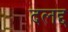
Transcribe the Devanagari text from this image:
दलद्द